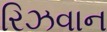
રિઝવાન